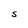
Character: S